Report of the Indian Hemp Drugs Commission, 1894-1895 - Volume I
Year: 1894
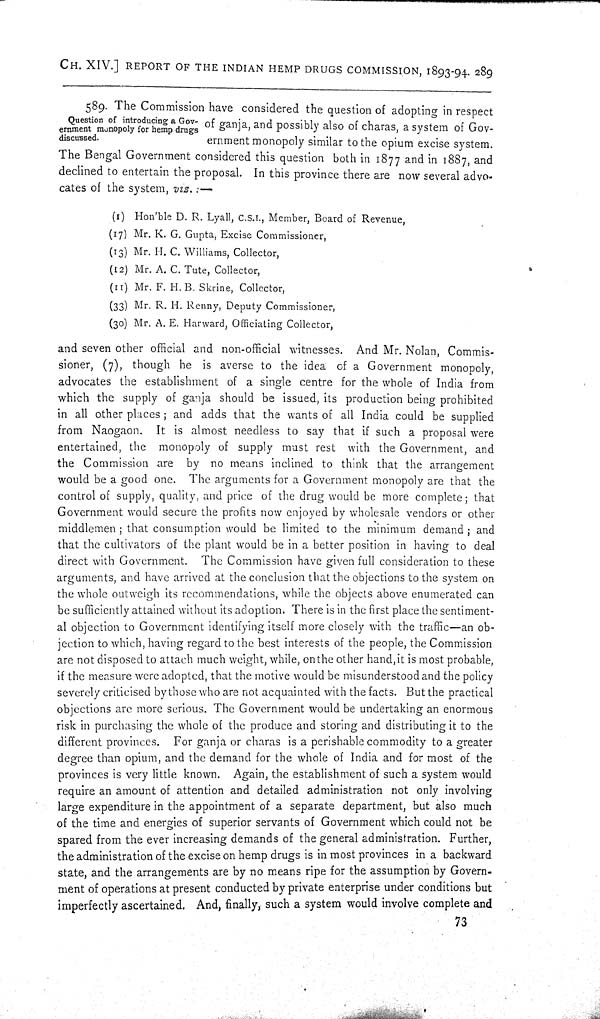
CH. XIV.] REPORT OF THE INDIAN HEMP DRUGS COMMISSION, 1893-94. 289
Question of introducing a Gov-
ernment monopoly for hemp drugs
discussed.
589. The Commission have considered the question of adopting in respect
of ganja, and possibly also of charas, a system of Gov-
ernment monopoly similar to the opium excise system.
The Bengal Government considered this question both in 1877 and in 1887, and
declined to entertain the proposal. In this province there are now several advo-
cates of the system, viz.:—
(1) Hon'ble D. R. Lyall, C.S.I., Member, Board of Revenue,
(17) Mr. K. G. Gupta, Excise Commissioner,
(13) Mr. H. C. Williams, Collector,
(12) Mr. A. C. Tute, Collector,
(11) Mr. F. H. B. Skrine, Collector,
(33) Mr. R. H. Renny, Deputy Commissioner,
(30) Mr. A. E. Harward, Officiating Collector,
and seven other official and non-official witnesses. And Mr. Nolan, Commis-
sioner, (7), though he is averse to the idea of a Government monopoly,
advocates the establishment of a single centre for the whole of India from
which the supply of ganja should be issued, its production being prohibited
in all other places; and adds that the wants of all India could be supplied
from Naogaon. It is almost needless to say that if such a proposal were
entertained, the monopoly of supply must rest with the Government, and
the Commission are by no means inclined to think that the arrangement
would be a good one. The arguments for a Government monopoly are that the
control of supply, quality, and price of the drug would be more complete; that
Government would secure the profits now enjoyed by wholesale vendors or other
middlemen; that consumption would be limited to the minimum demand; and
that the cultivators of the plant would be in a better position in having to deal
direct with Government. The Commission have given full consideration to these
arguments, and have arrived at the conclusion that the objections to the system on
the whole outweigh its recommendations, while the objects above enumerated can
be sufficiently attained without its adoption. There is in the first place the sentiment-
al objection to Government identifying itself more closely with the traffic—an ob-
jection to which, having regard to the best interests of the people, the Commission
are not disposed to attach much weight, while, on the other hand, it is most probable,
if the measure were adopted, that the motive would be misunderstood and the policy
severely criticised by those who are not acquainted with the facts. But the practical
objections are more serious. The Government would be undertaking an enormous
risk in purchasing the whole of the produce and storing and distributing it to the
different provinces. For ganja or charas is a perishable commodity to a greater
degree than opium, and the demand for the whole of India and for most of the
provinces is very little known. Again, the establishment of such a system would
require an amount of attention and detailed administration not only involving
large expenditure in the appointment of a separate department, but also much
of the time and energies of superior servants of Government which could not be
spared from the ever increasing demands of the general administration. Further,
the administration of the excise on hemp drugs is in most provinces in a backward
state, and the arrangements are by no means ripe for the assumption by Govern-
ment of operations at present conducted by private enterprise under conditions but
imperfectly ascertained. And, finally, such a system would involve complete and
73